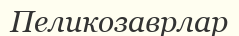
Пеликозаврлар